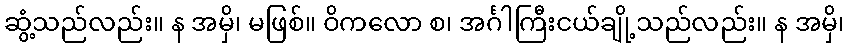
ဆွံ့သည်လည်း။ န အမှိ၊ မဖြစ်။ ဝိကလော စ၊ အင်္ဂါကြီးငယ်ချို့သည်လည်း။ န အမှိ၊